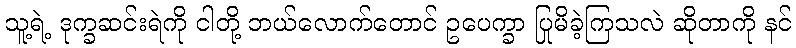
သူ့ရဲ့ ဒုက္ခဆင်းရဲကို ငါတို့ ဘယ်လောက်တောင် ဥပေက္ခာ ပြုမိခဲ့ကြသလဲ ဆိုတာကို နင်